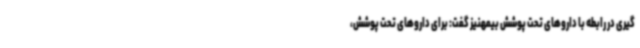
گیری در رابطه با داروهای تحت پوشش بیمهنیز گفت: برای داروهای تحت پوشش،